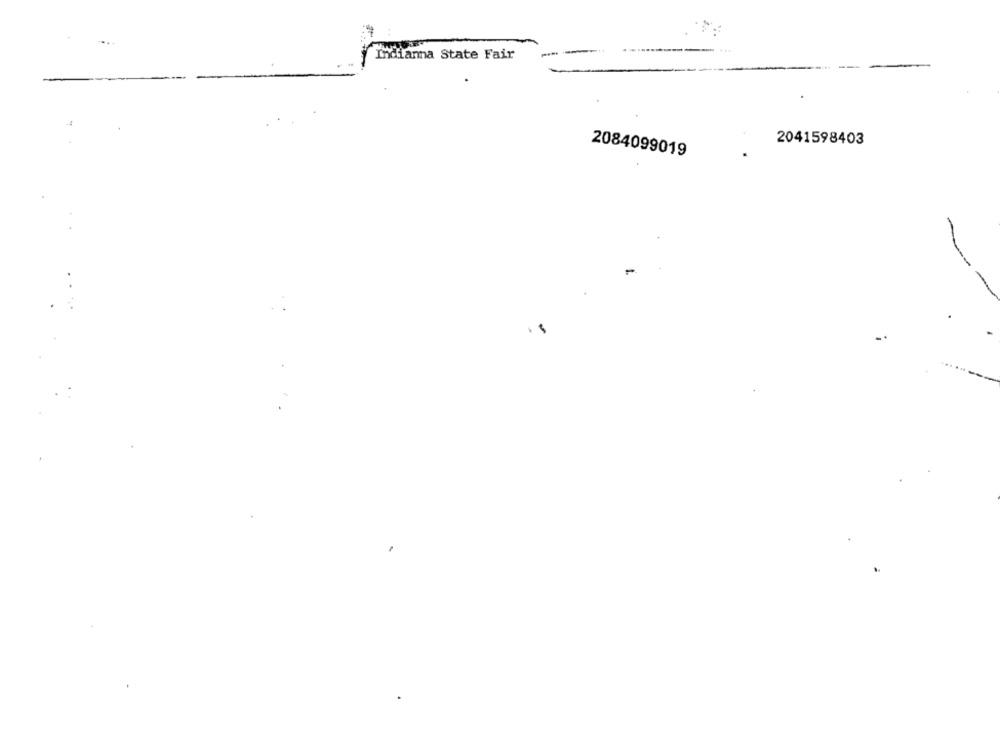
Indiana State Fair
2041598403
2084099019